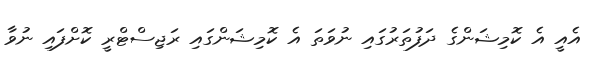
އެއީ އެ ކޮމިޝަންގެ ދަފުތަރުގައި ނުވަތަ އެ ކޮމިޝަންގައި ރަޖިސްޓްރީ ކޮށްފައި ނުވާ